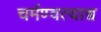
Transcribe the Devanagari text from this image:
चर्मण्वत्याश्व